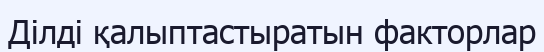
Ділді қалыптастыратын факторлар